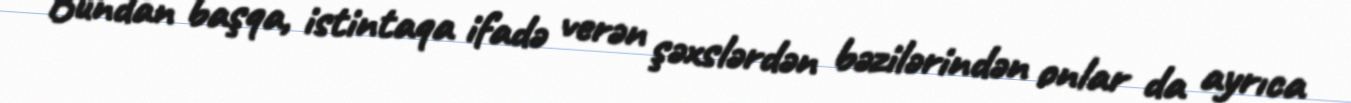
Bundan başqa, istintaqa ifadə verən şəxslərdən bəzilərindən onlar da ayrıca